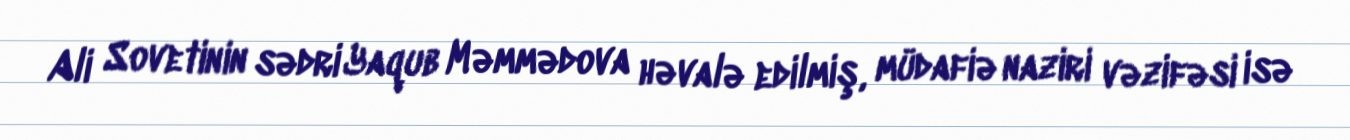
Ali Sovetinin sədri Yaqub Məmmədova həvalə edilmiş, müdafiə naziri vəzifəsi isə